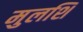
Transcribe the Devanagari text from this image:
मुलशि